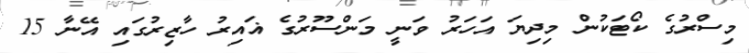
މިސްރުގެ ކޯޓަކުން މިދިޔަ އަހަރު ވަނީ މަންސޫރުގެ ޣައިރު ހާޒިރުގައި އޭނާ 15